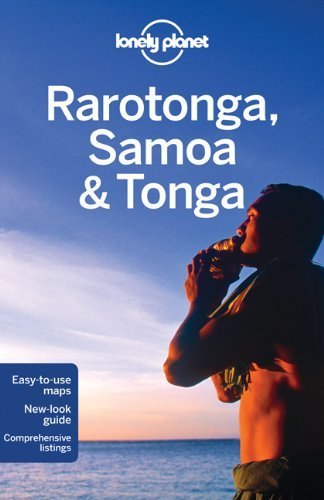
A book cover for Lonely Planet Rarotonga, Samoa & Tonga (Travel Guide) by Lonely Planet, McLachlan, Atkinson, Brash (2012) Paperback; Travel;